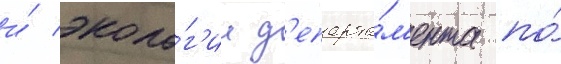
и́ эколо́г'ии д'епарта́м'ента по́